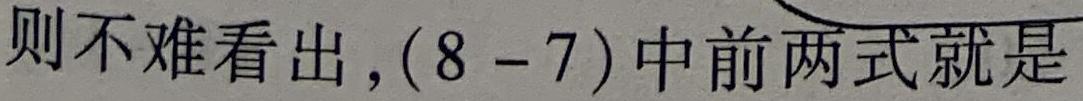
则不难看出，$(8 - 7)$中前两式就是